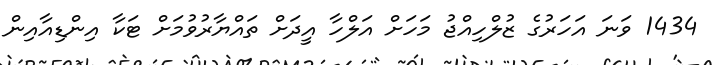
1434 ވަނަ އަހަރުގެ ޒުލްހިއްޖު މަހަށް އަލްހާ އީދަށް ތައްޔާރުވުމަށް ޓަކާ އިންޑިއާއިން